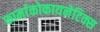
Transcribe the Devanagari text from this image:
फार्माकोकायनेटिक्स